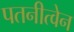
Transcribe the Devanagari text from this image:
पतनीत्वेन